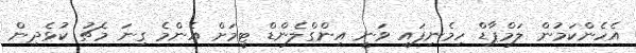
އެހެންކަމުން ލަމްޕާޑް ހިމެނިފައި ވަނީ އިންގްލެންޑް ޓީމަށް އެންމެ ގިނަ މެޗު ކުޅެދިން